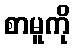
စာမူကို